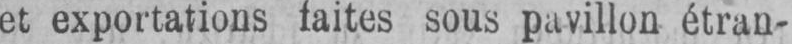
sous pavillon étran-